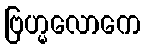
ဗြဟ္မလောကေ